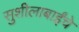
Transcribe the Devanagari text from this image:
सुशीलाबाईंचे